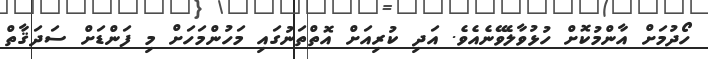
ހޯދުމަށް އާންމުކޮށް ހުޅުވާލެވޭނެއެވެ. އަދި ކުރިއަށް އޮތްތަނުގައި މަހުންމަހަށް މި ފަންޑަށް ސަދަޤާތް